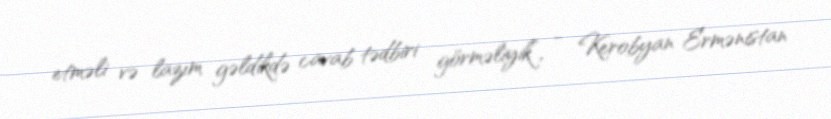
etməli və lazım gəldikdə cavab tədbiri görməliyik”, - Kerobyan Ermənistan